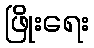
ဖြိုးရေး